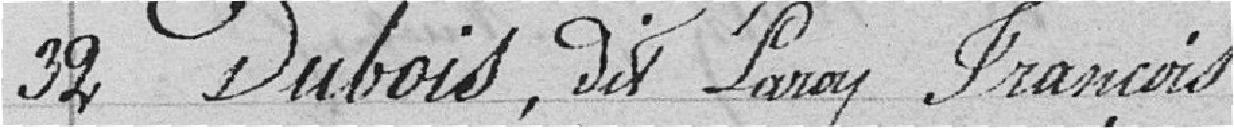
32 Dubois, dit Laroy François